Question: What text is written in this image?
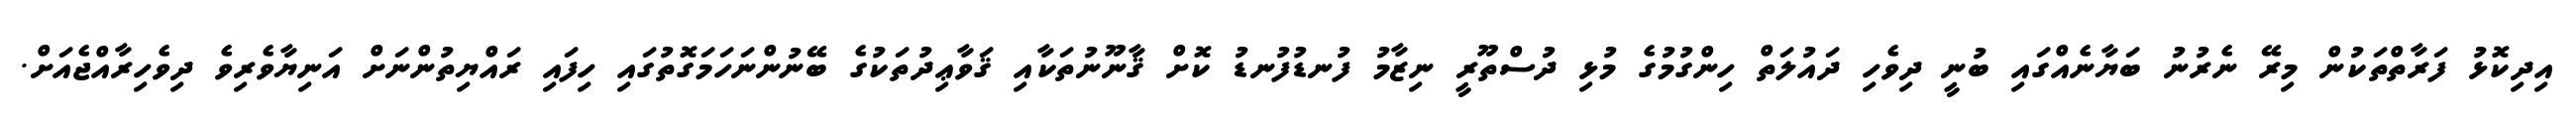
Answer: އިދިކޮޅު ފަރާތްތަކުން މިރޭ ނެރުނު ބަޔާނެއްގައި ބުނީ ދިވެހި ދައުލަތް ހިންގުމުގެ މުޅި ދުސްތޫރީ ނިޒާމު ފުނޑުފުނޑު ކޮށް ޤާނޫނުތަކާއި ޤަވާޢިދުތަކުގެ ބޭނުންނަހަމަގޮތުގައި ހިފައި ރައްޔިތުންނަށް އަނިޔާވެރިވެ ދިވެހިރާއްޖެއަށް.